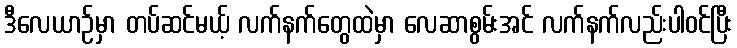
ဒီလေယာဉ်မှာ တပ်ဆင်မယ့် လက်နက်တွေထဲမှာ လေဆာစွမ်းအင် လက်နက်လည်းပါဝင်ပြီး